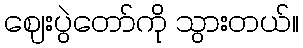
ဈေးပွဲတော်ကို သွားတယ်။